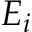
E _ { i }